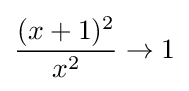
{\frac {(x+1)^{2}}{x^{2}}}\rightarrow 1